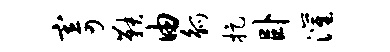
寄鞅由觚捉卧灌